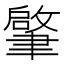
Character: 𦘦